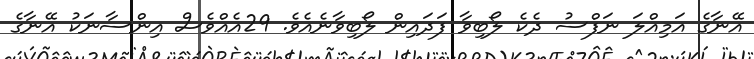
އޭނާގެ އަމިއްލަ ނަފްސު ދެކެ ލޯބިވާ ފަދައިން ލޯބިވާނެއެވެ. 29އެއްވެސް އިންސާނަކު އޭނާގެ